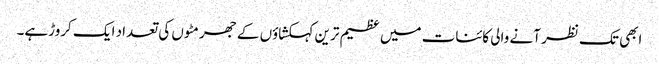
ابھی تک نظر آنے والی کائنات میں عظیم ترین کہکشاؤں کے جھرمٹوں کی تعداد ایک کروڑہے۔